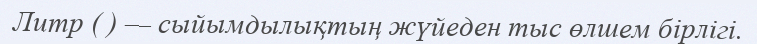
Литр ( ) — сыйымдылықтың жүйеден тыс өлшем бірлігі.